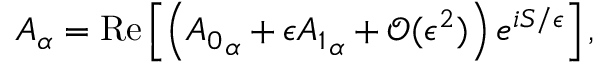
A _ { \alpha } = \mathrm { R e } \left[ \left( { A _ { 0 } } _ { \alpha } + \epsilon { A _ { 1 } } _ { \alpha } + \mathcal { O } ( \epsilon ^ { 2 } ) \right) e ^ { i S / \epsilon } \right] ,